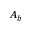
A _ { b }